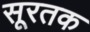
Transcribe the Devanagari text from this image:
सूरतक